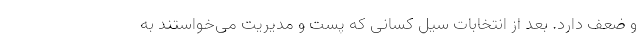
و ضعف دارد. بعد از انتخابات سیل کسانی که پست و مدیریت می‌خواستند به